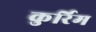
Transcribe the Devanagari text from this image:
कुर्रिम